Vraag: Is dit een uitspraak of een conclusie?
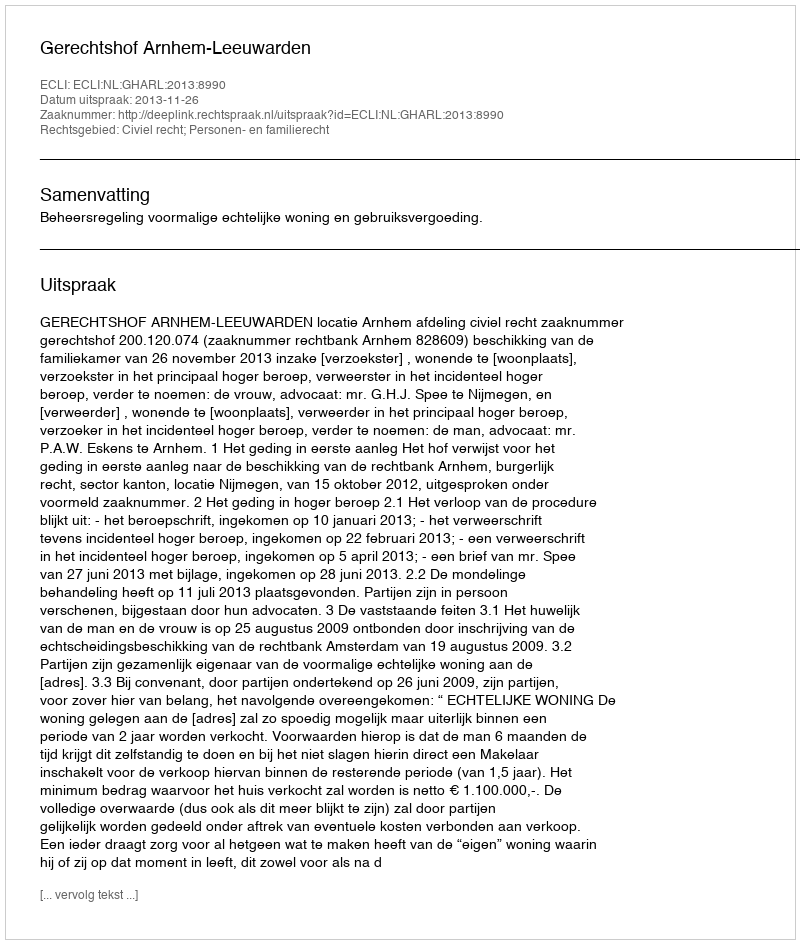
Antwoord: Uitspraak